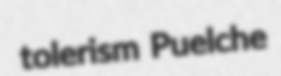
tolerism Puelche